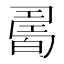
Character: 𤾊